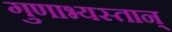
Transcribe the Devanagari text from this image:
गुणाभ्यस्तान्